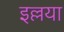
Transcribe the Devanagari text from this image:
इल्लया